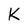
Character: k